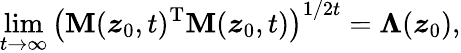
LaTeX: \operatorname*{lim}_{t\rightarrow\infty}\left(\mathbf{M}(\boldsymbol{z}_{0},t)^{\mathrm{T}}\mathbf{M}(\boldsymbol{z}_{0},t)\right)^{1/2t}=\mathbf{\Lambda}(\boldsymbol{z}_{0}),